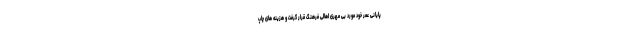
پایانی عمر خود مورد بی مهری اهالی فرهنگ قرار گرفت و هزینه های چاپ